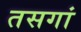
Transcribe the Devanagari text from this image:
तसगां